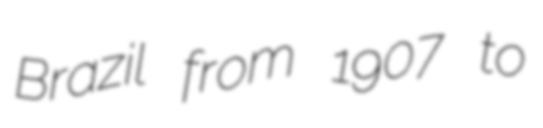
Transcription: Brazil from 1907 to